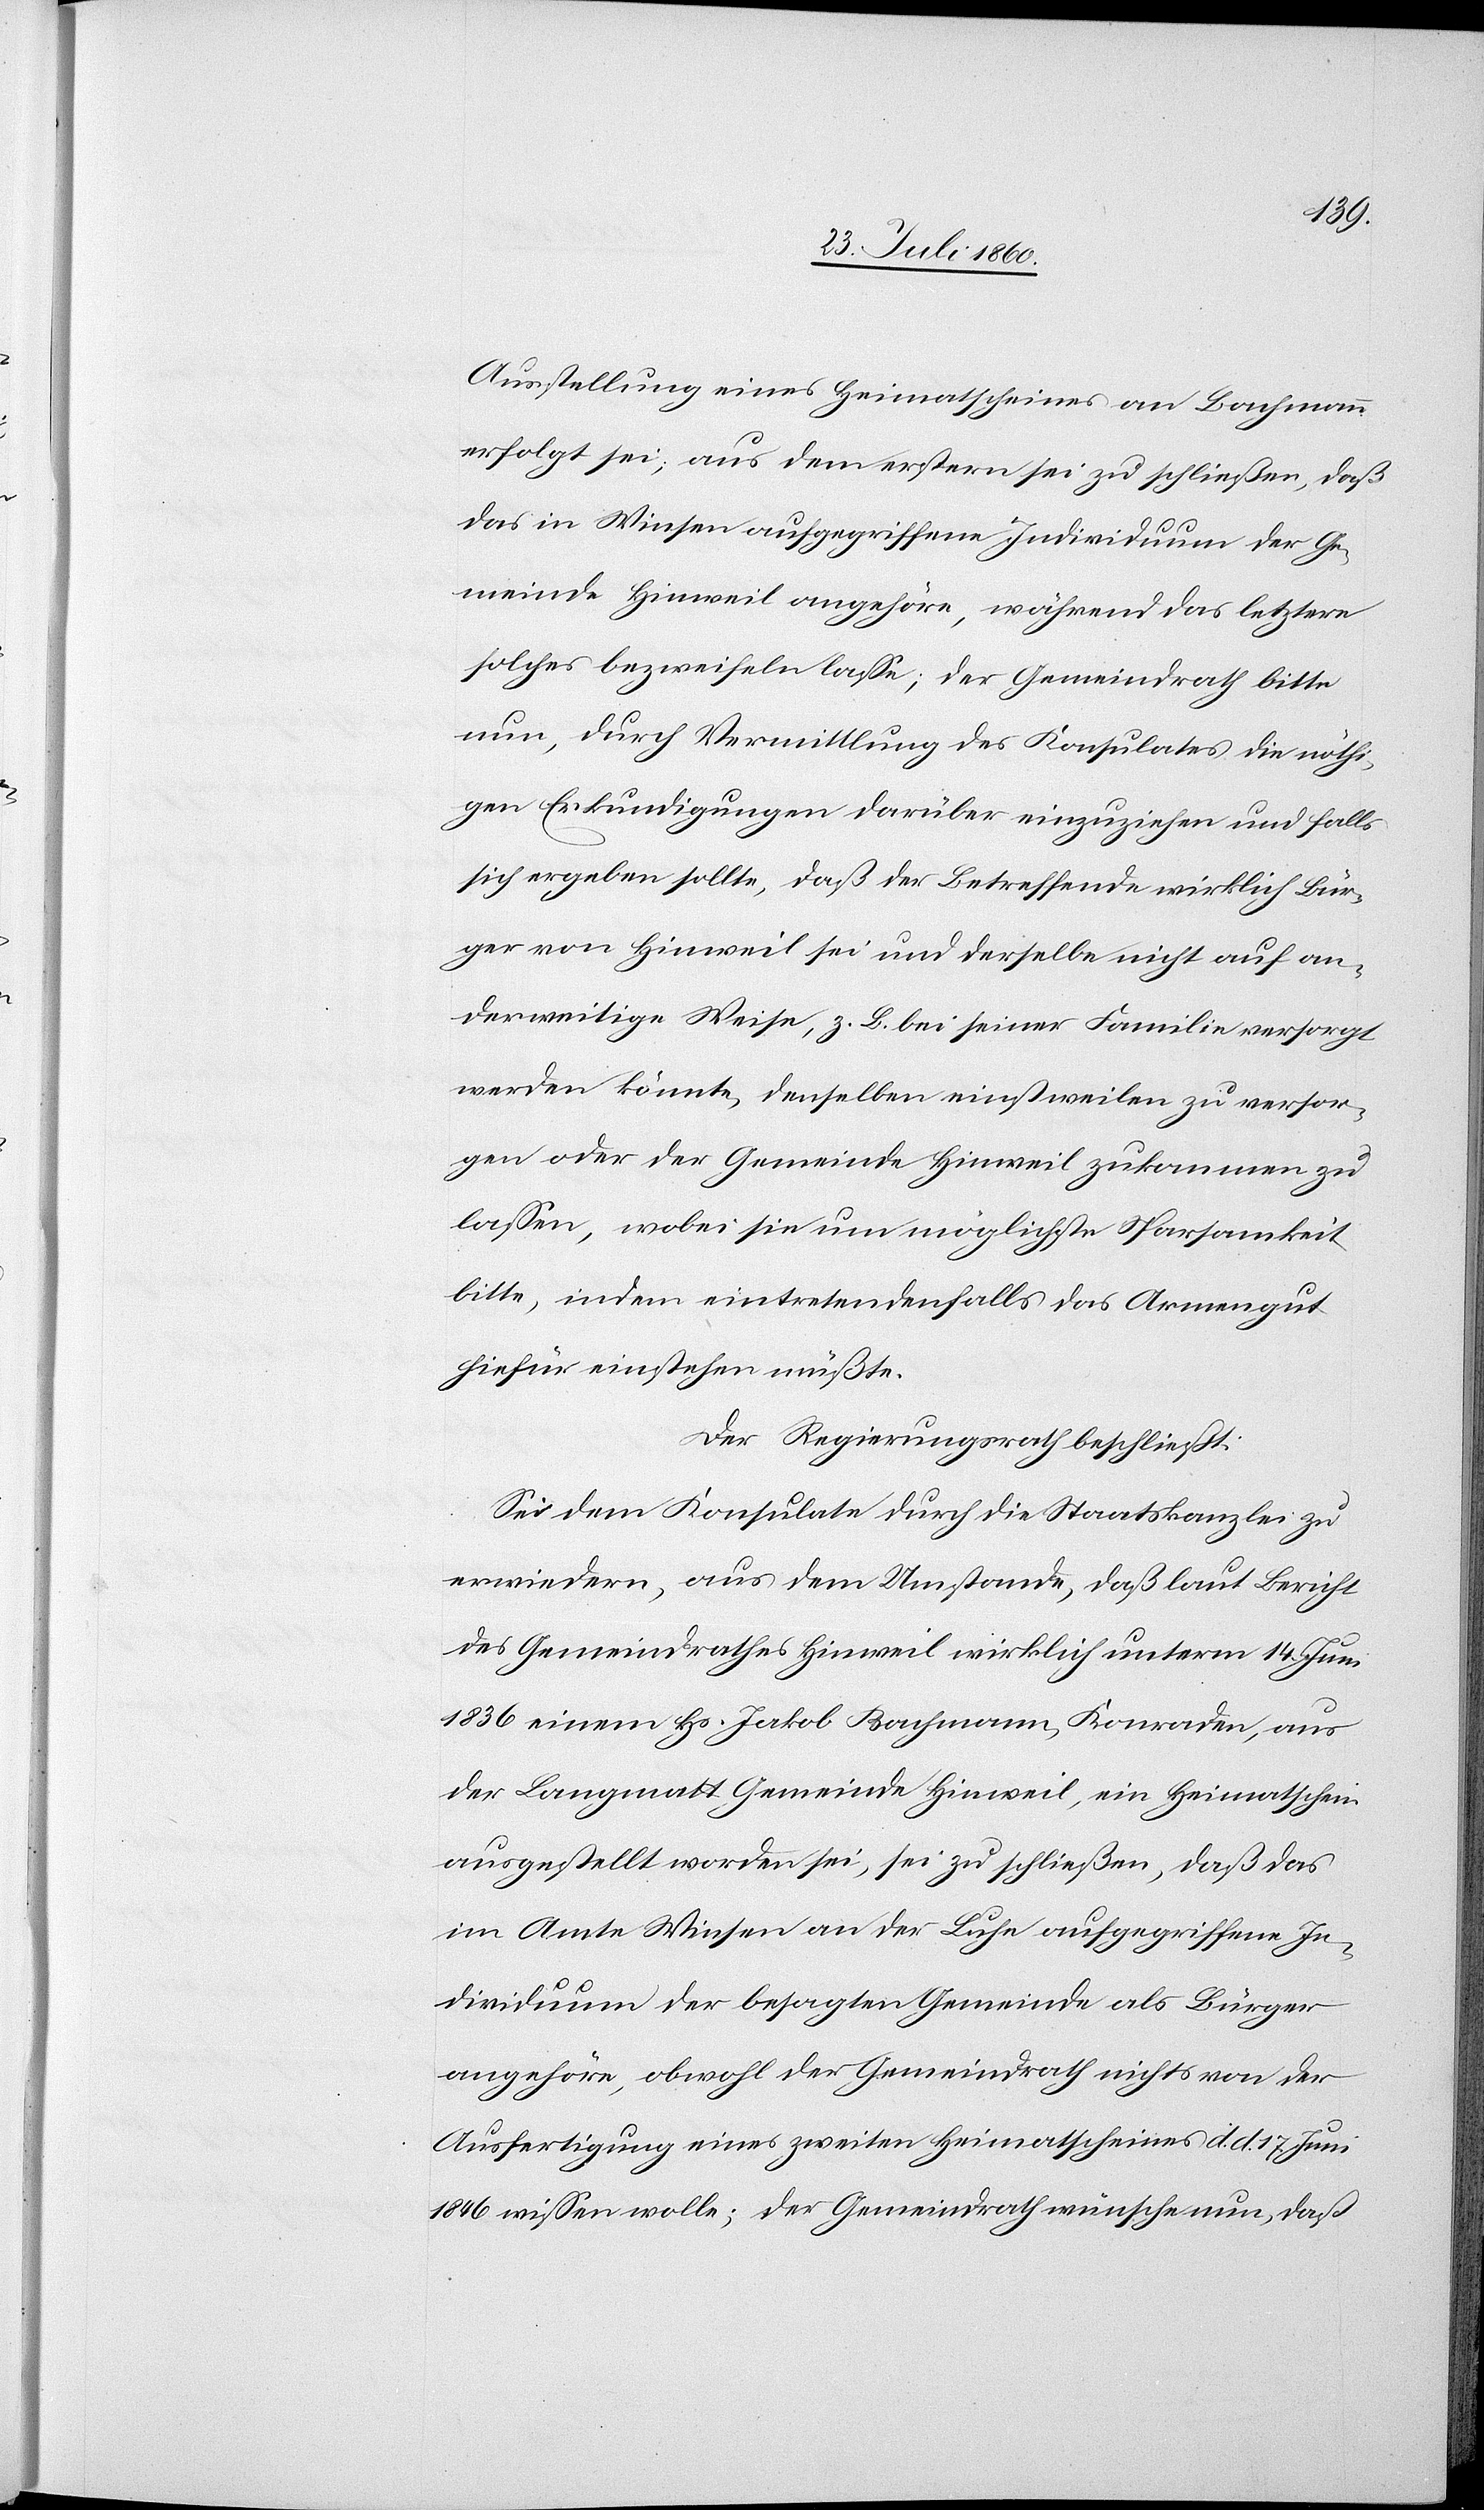
Ausstellung eines Heimatscheines an Bachmann
erfolgt sei; aus dem erstern sei zu schliessen, dass
das in Winsen aufgegriffene Individuum der Ge¬
meinde Hinweil angehöre, während das letztere
solches bezweifeln lasse; der Gemeindrath bitte
nun, durch Vermittlung des Konsulates die nöthi¬
gen Erkundigungen darüber einzuziehen und falls
sich ergeben sollte, dass der Betreffende wirklich Bür¬
ger von Hinweil sei und derselbe nicht auf an¬
derweitige Weise, z. B. bei seiner Familie versorgt
werden könnte, denselben einstweilen zu versor¬
gen oder der Gemeine Hinweil zukommen zu
lassen, wobei sie um möglichste Sparsamkeit
bitte, indem eintretendenfalls das Armengut
hiefür einstehen müsste.
Der Regierungsrath beschliesst:
Sei dem Konsulate durch die Staatskanzlei zu
erwiedern, aus dem Umstande, dass laut Bericht
des Gemeindrathes Hinweil wirklich unterm 14. Juni
1836 einem Hs. Jakob Bachmann, Conraden, aus
der Langmatt, Gemeinde Hinweil ein Heimathschein
ausgestellt worden sei, sei zu schliessen, dass das
im Amte Winsen an der Luhe aufgegriffene In¬
dividuum der besagten Gemeinde als Bürger
angehöre, obwohl der Gemeindrath nichts von der
Ausfertigung eines 2ten Heimathscheines d. d. 17. Juni
1846 wissen wolle; der Gemeindrath wünsche nun, dass